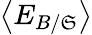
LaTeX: \left<E_{B/\mathfrak{S}}\right>